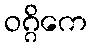
ဝဂ္ဂိကေ